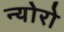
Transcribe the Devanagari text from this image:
न्योरो